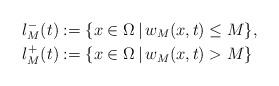
LaTeX: \begin{align*}&l_M^-(t):=\{x\in\Omega\,|\,w_M(x,t)\leq M\},\\&l_M^+(t):=\{x\in\Omega\,|\,w_M(x,t)> M\}\end{align*}